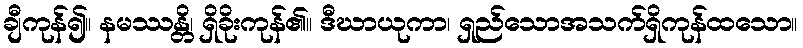
ချီကုန်၍။ နမဿန္တိ၊ ရှိခိုးကုန်၏။ ဒီဃာယုကာ၊ ရှည်သောအသက်ရှိကုန်ထသော။